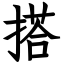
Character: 搭